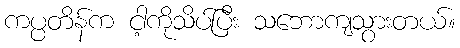
ကပ္ပတိန်က ငါ့ကိုသိပ်ပြီး သဘောကျသွားတယ်။